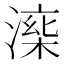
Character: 𣼅